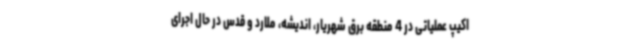
اکیپ عملیاتی در 4 منطقه برق شهریار، اندیشه، ملارد و قدس در حال اجرای